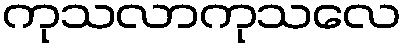
ကုသလာကုသလေ